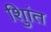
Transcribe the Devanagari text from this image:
शुिांत